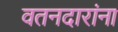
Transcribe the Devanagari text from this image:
वतनदारांना